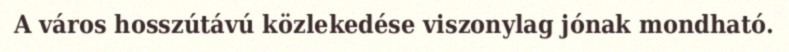
A város hosszútávú közlekedése viszonylag jónak mondható.